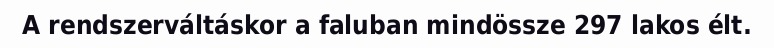
A rendszerváltáskor a faluban mindössze 297 lakos élt.